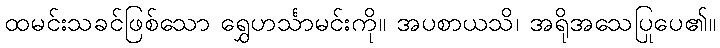
ထမင်းသခင်ဖြစ်သော ရွှေဟင်္သာမင်းကို။ အပစာယသိ၊ အရိုအသေပြုပေ၏။